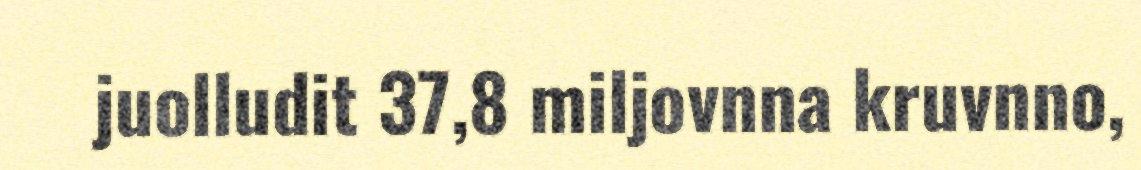
juolludit 37,8 miljovnna kruvnno,